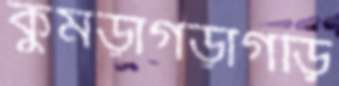
কুমড়াগড়াগড়ি